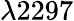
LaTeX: \lambda 2297